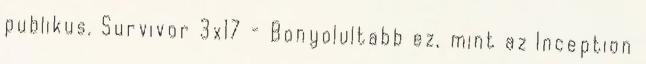
publikus. Survivor 3x17 - Bonyolultabb ez, mint az Inception